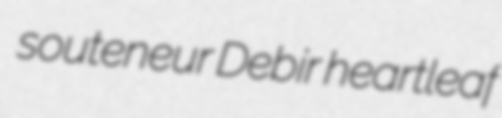
souteneur Debir heartleaf